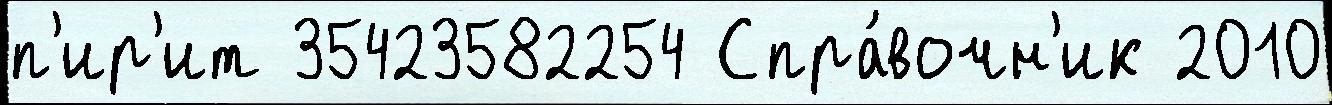
п'ир'ит 35423582254 Спра́вочн'ик 2010